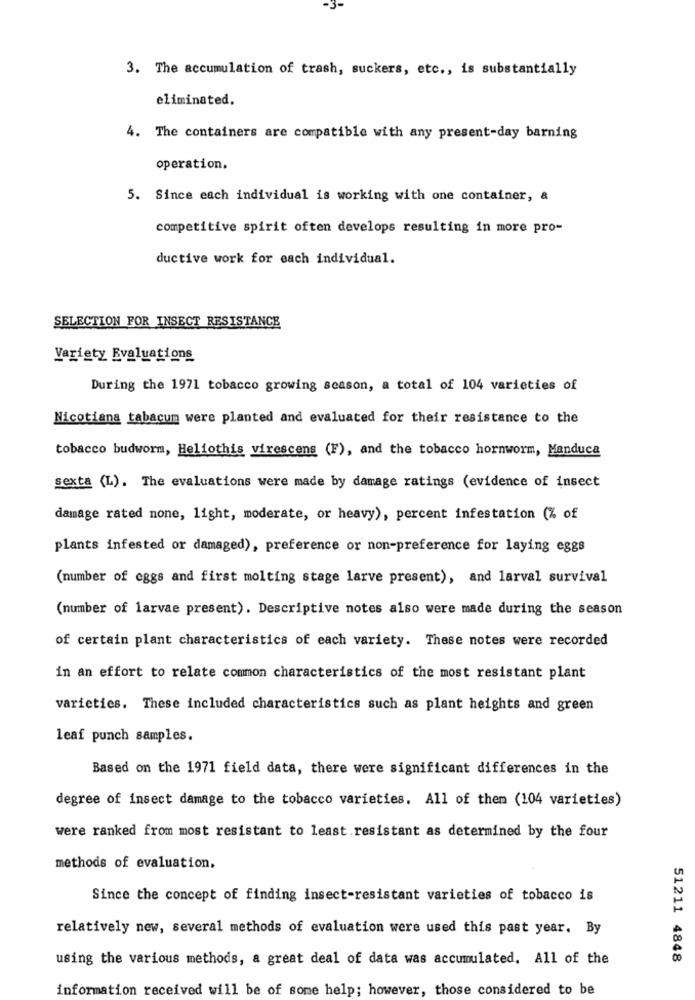
3. The accumulation of trash, suckers, etc ., is substantially
eliminated.
4. The containers are compatible with any present-day barning
operation.
5. Since each individual is working with one container, &
competitive spirit often develops resulting in more pro-
ductive work for each individual.
SELECTION FOR INSECT RESISTANCE
Variety Evaluations
During the 1971 tobacco growing season, a total of 104 varieties of
Nicotiana tabacum were planted and evaluated for their resistance to the
tobacco budworm, Heliothis virescens (F), and the tobacco hornworm, Manduca
sexta (L). The evaluations were made by damage ratings (evidence of insect
damage rated none, light, moderate, or heavy), percent infestation (% of
plants infested or damaged), preference or non-preference for laying eggs
(number of eggs and first molting stage larve present), and larval survival
(number of larvae present). Descriptive notes also were made during the season
of certain plant characteristics of each variety. These notes were recorded
in an effort to relate common characteristics of the most resistant plant
varieties. These included characteristics such as plant heights and green
leaf punch samples.
Based on the 1971 field data, there were significant differences in the
degree of insect damage to the tobacco varieties. All of them (104 varieties)
were ranked from most resistant to least resistant as determined by the four
methods of evaluation,
Since the concept of finding insect-resistant varieties of tobacco is
relatively new, several methods of evaluation were used this past year. By
using the various methods, a great deal of data was accumulated. All of the
51211 4848
information received will be of some help; however, those considered to be